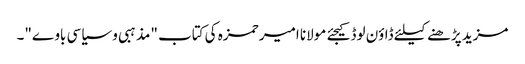
مزید پڑھنے کیلئے ڈاؤن لوڈ کیجئے مولانا امیر حمزہ کی کتاب "مذہبی و سیاسی باوے"۔